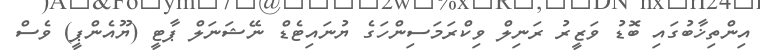
އިންތިޚާބުގައި ބޮޑު ވަޒީރު ރަނިލް ވިކްރަމަސިންހަގެ ޔުނައިޓެޑް ނޭޝަނަލް ޕާޓީ (ޔޫއެންޕީ) ވެސް